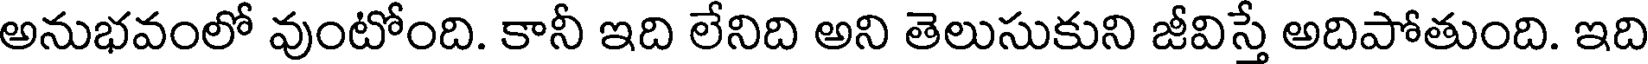
అనుభవంలో వుంటోంది. కానీ ఇది లేనిది అని తెలుసుకుని జీవిస్తే అదిపోతుంది. ఇది